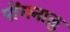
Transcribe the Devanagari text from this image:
पोंगनालु